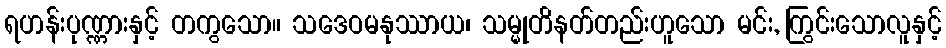
ရဟန်းပုဏ္ဏားနှင့် တကွသော။ သဒေဝမနုဿာယ၊ သမ္မုတိနတ်တည်းဟူသော မင်း, ကြွင်းသောလူနှင့်